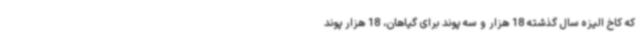
که کاخ الیزه سال گذشته 18 هزار و سه پوند برای گیاهان، 18 هزار پوند